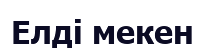
Елді мекен